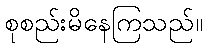
စုစည်းမိနေကြသည်။